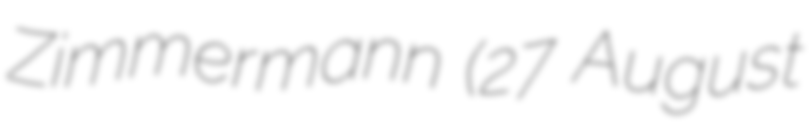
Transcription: Zimmermann (27 August